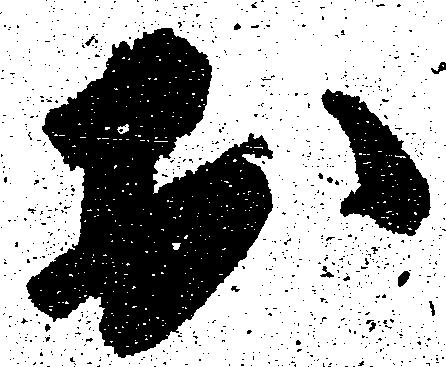
於